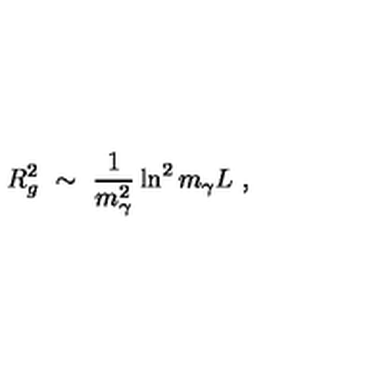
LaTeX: R _ { g } ^ { 2 } \ \sim \ \frac 1 { m _ { \gamma } ^ { 2 } } \ln ^ { 2 } m _ { \gamma } L \ ,